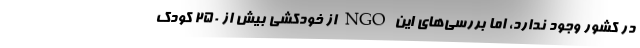
در کشور وجود ندارد، اما بررسی‌های این ‌NGO از خودکشی بیش از ۲۵۰ کودک